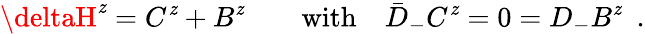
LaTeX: \deltaH^{\mathit{z}}=C^{\mathit{z}}+B^{\mathit{z}}\qquad\mathrm{{with}}\quad\bar{{D}}_{-}C^{\mathit{z}}=0=D_{-}B^{\mathit{z}}\ \ .